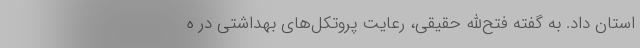
استان داد. به‌ گفته فتح‌الله حقیقی، رعایت پروتکل‌های بهداشتی در ه